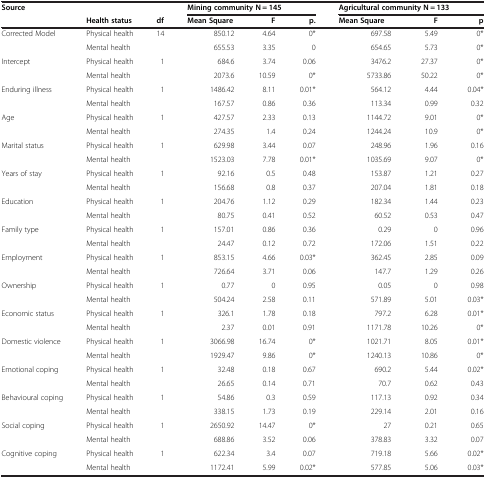
<table><thead><tr><td rowspan="2"><b>Source</b></td><td colspan="2"><b> </b></td><td colspan="3"><b>Mining community N = 145</b></td><td colspan="3"><b>Agricultural community N = 133</b></td></tr><tr><td><b>Health status</b></td><td><b>df</b></td><td><b>Mean Square</b></td><td><b>F</b></td><td><b>p.</b></td><td><b>Mean Square</b></td><td><b>F</b></td><td><b>p</b></td></tr></thead><tbody><tr><td rowspan="2">Corrected Model</td><td>Physical health</td><td>14</td><td>850.12</td><td>4.64</td><td>0*</td><td>697.58</td><td>5.49</td><td>0*</td></tr><tr><td>Mental health</td><td> </td><td>655.53</td><td>3.35</td><td>0</td><td>654.65</td><td>5.73</td><td>0*</td></tr><tr><td rowspan="2">Intercept</td><td>Physical health</td><td>1</td><td>684.6</td><td>3.74</td><td>0.06</td><td>3476.2</td><td>27.37</td><td>0*</td></tr><tr><td>Mental health</td><td> </td><td>2073.6</td><td>10.59</td><td>0*</td><td>5733.86</td><td>50.22</td><td>0*</td></tr><tr><td rowspan="2">Enduring illness</td><td>Physical health</td><td>1</td><td>1486.42</td><td>8.11</td><td>0.01*</td><td>564.12</td><td>4.44</td><td>0.04*</td></tr><tr><td>Mental health</td><td> </td><td>167.57</td><td>0.86</td><td>0.36</td><td>113.34</td><td>0.99</td><td>0.32</td></tr><tr><td rowspan="2">Age</td><td>Physical health</td><td>1</td><td>427.57</td><td>2.33</td><td>0.13</td><td>1144.72</td><td>9.01</td><td>0*</td></tr><tr><td>Mental health</td><td> </td><td>274.35</td><td>1.4</td><td>0.24</td><td>1244.24</td><td>10.9</td><td>0*</td></tr><tr><td rowspan="2">Marital status</td><td>Physical health</td><td>1</td><td>629.98</td><td>3.44</td><td>0.07</td><td>248.96</td><td>1.96</td><td>0.16</td></tr><tr><td>Mental health</td><td> </td><td>1523.03</td><td>7.78</td><td>0.01*</td><td>1035.69</td><td>9.07</td><td>0*</td></tr><tr><td rowspan="2">Years of stay</td><td>Physical health</td><td>1</td><td>92.16</td><td>0.5</td><td>0.48</td><td>153.87</td><td>1.21</td><td>0.27</td></tr><tr><td>Mental health</td><td> </td><td>156.68</td><td>0.8</td><td>0.37</td><td>207.04</td><td>1.81</td><td>0.18</td></tr><tr><td rowspan="2">Education</td><td>Physical health</td><td>1</td><td>204.76</td><td>1.12</td><td>0.29</td><td>182.34</td><td>1.44</td><td>0.23</td></tr><tr><td>Mental health</td><td> </td><td>80.75</td><td>0.41</td><td>0.52</td><td>60.52</td><td>0.53</td><td>0.47</td></tr><tr><td rowspan="2">Family type</td><td>Physical health</td><td>1</td><td>157.01</td><td>0.86</td><td>0.36</td><td>0.29</td><td>0</td><td>0.96</td></tr><tr><td>Mental health</td><td> </td><td>24.47</td><td>0.12</td><td>0.72</td><td>172.06</td><td>1.51</td><td>0.22</td></tr><tr><td rowspan="2">Employment</td><td>Physical health</td><td>1</td><td>853.15</td><td>4.66</td><td>0.03*</td><td>362.45</td><td>2.85</td><td>0.09</td></tr><tr><td>Mental health</td><td> </td><td>726.64</td><td>3.71</td><td>0.06</td><td>147.7</td><td>1.29</td><td>0.26</td></tr><tr><td rowspan="2">Ownership</td><td>Physical health</td><td>1</td><td>0.77</td><td>0</td><td>0.95</td><td>0.05</td><td>0</td><td>0.98</td></tr><tr><td>Mental health</td><td> </td><td>504.24</td><td>2.58</td><td>0.11</td><td>571.89</td><td>5.01</td><td>0.03*</td></tr><tr><td rowspan="2">Economic status</td><td>Physical health</td><td>1</td><td>326.1</td><td>1.78</td><td>0.18</td><td>797.2</td><td>6.28</td><td>0.01*</td></tr><tr><td>Mental health</td><td> </td><td>2.37</td><td>0.01</td><td>0.91</td><td>1171.78</td><td>10.26</td><td>0*</td></tr><tr><td rowspan="2">Domestic violence</td><td>Physical health</td><td>1</td><td>3066.98</td><td>16.74</td><td>0*</td><td>1021.71</td><td>8.05</td><td>0.01*</td></tr><tr><td>Mental health</td><td> </td><td>1929.47</td><td>9.86</td><td>0*</td><td>1240.13</td><td>10.86</td><td>0*</td></tr><tr><td rowspan="2">Emotional coping</td><td>Physical health</td><td>1</td><td>32.48</td><td>0.18</td><td>0.67</td><td>690.2</td><td>5.44</td><td>0.02*</td></tr><tr><td>Mental health</td><td> </td><td>26.65</td><td>0.14</td><td>0.71</td><td>70.7</td><td>0.62</td><td>0.43</td></tr><tr><td rowspan="2">Behavioural coping</td><td>Physical health</td><td>1</td><td>54.86</td><td>0.3</td><td>0.59</td><td>117.13</td><td>0.92</td><td>0.34</td></tr><tr><td>Mental health</td><td> </td><td>338.15</td><td>1.73</td><td>0.19</td><td>229.14</td><td>2.01</td><td>0.16</td></tr><tr><td rowspan="2">Social coping</td><td>Physical health</td><td>1</td><td>2650.92</td><td>14.47</td><td>0*</td><td>27</td><td>0.21</td><td>0.65</td></tr><tr><td>Mental health</td><td> </td><td>688.86</td><td>3.52</td><td>0.06</td><td>378.83</td><td>3.32</td><td>0.07</td></tr><tr><td rowspan="2">Cognitive coping</td><td>Physical health</td><td>1</td><td>622.34</td><td>3.4</td><td>0.07</td><td>719.18</td><td>5.66</td><td>0.02*</td></tr><tr><td>Mental health</td><td> </td><td>1172.41</td><td>5.99</td><td>0.02*</td><td>577.85</td><td>5.06</td><td>0.03*</td></tr></tbody></table>